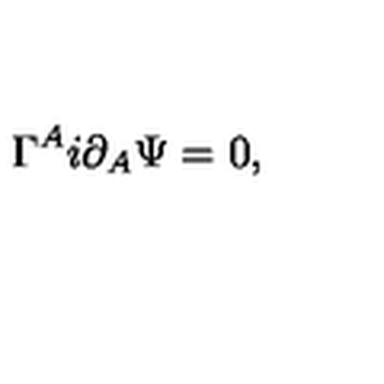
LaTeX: \Gamma ^ { A } i \partial _ { A } \Psi = 0 ,